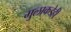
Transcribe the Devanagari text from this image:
मुलाकडेही